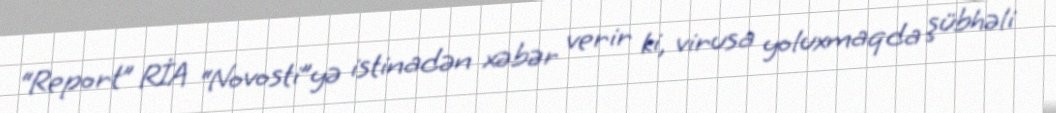
“Report” RİA “Novosti”yə istinadən xəbər verir ki, virusa yoluxmaqda şübhəli